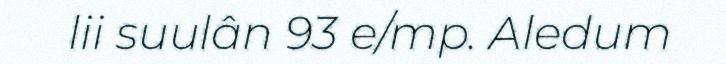
lii suulân 93 e/mp. Aledum